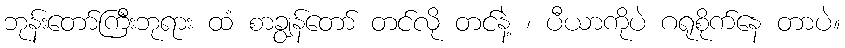
ဘုန်းတော်ကြီးဘုရား ထံ စာချွန်တော် တင်လို တင်နဲ့ ၊ ပီယာကိုပဲ ဂရုစိုက်နေ တာပဲ။